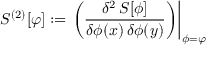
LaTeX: S ^ { ( 2 ) } [ \varphi ] : = \left. \left( { \frac { \delta ^ { 2 } \, S [ \phi ] } { \delta \phi ( x ) \, \delta \phi ( y ) } } \right) \right| _ { \phi = \varphi }